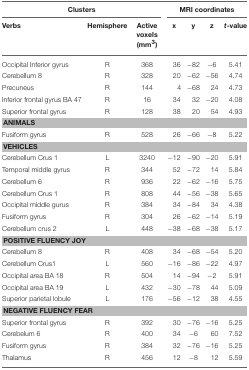
| <COLSPAN=3> Clusters | <COLSPAN=4> MRI coordinates |
 | Verbs | Hemisphere | Active voxels (mm3) | x | y | z | t-value |
 | --- | --- | --- | --- | --- | --- | --- |
 | Occipital Inferior gyrus | R | 368 | 36 | −82 | −6 | 5.41 |
 | Cerebellum 8 | R | 328 | 20 | −62 | −56 | 4.74 |
 | Precuneus | R | 144 | 4 | −68 | 24 | 4.73 |
 | Inferior frontal gyrus BA 47 | R | 16 | 34 | 32 | −20 | 4.08 |
 | Superior frontal gyrus | R | 128 | 38 | 20 | 54 | 4.93 |
 | <COLSPAN=7> ANIMALS |
 | Fusiform gyrus | R | 528 | 26 | −66 | −8 | 5.22 |
 | <COLSPAN=7> VEHICLES |
 | Cerebellum Crus 1 | L | 3240 | −12 | −90 | −20 | 5.91 |
 | Temporal middle gyrus | R | 344 | 52 | −72 | 14 | 5.84 |
 | Cerebellum 6 | R | 936 | 22 | −62 | −16 | 5.75 |
 | Cerebellum Crus 1 | R | 808 | 44 | −56 | −38 | 5.65 |
 | Occipital middle gurus | R | 384 | 34 | −84 | 34 | 4.38 |
 | Fusiform gyrus | R | 304 | 26 | −62 | −14 | 5.19 |
 | Cerebellum crus 2 | L | 448 | −38 | −68 | −38 | 5.17 |
 | <COLSPAN=7> POSITIVE FLUENCY JOY |
 | Cerebellum 8 | R | 408 | 34 | −68 | −54 | 5.20 |
 | Cerebellum Crus1 | L | 560 | −16 | −86 | −22 | 4.97 |
 | Occipital area BA 18 | R | 504 | 14 | −94 | −2 | 5.91 |
 | Occipital area BA 19 | L | 432 | −30 | −78 | 44 | 5.09 |
 | Superior parietal lobule | L | 176 | −56 | −12 | 38 | 4.55 |
 | <COLSPAN=7> NEGATIVE FLUENCY FEAR |
 | Superior frontal gyrus | R | 392 | 30 | −76 | −16 | 5.25 |
 | Cerebelum 6 | R | 400 | 34 | −6 | 60 | 7.52 |
 | Fusiform gyrus | R | 384 | 32 | −76 | −16 | 5.25 |
 | Thalamus | R | 456 | 12 | −8 | 12 | 5.59 |